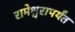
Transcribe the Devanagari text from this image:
रामेश्वरापर्यंत